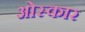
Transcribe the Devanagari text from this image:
ओस्कार